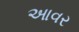
આવર